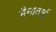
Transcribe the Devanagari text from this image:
मैनाताई